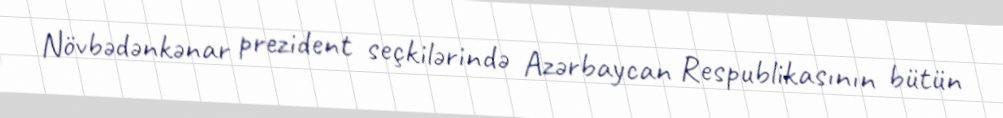
Növbədənkənar prezident seçkilərində Azərbaycan Respublikasının bütün